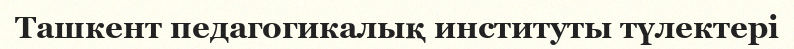
Ташкент педагогикалық институты түлектері